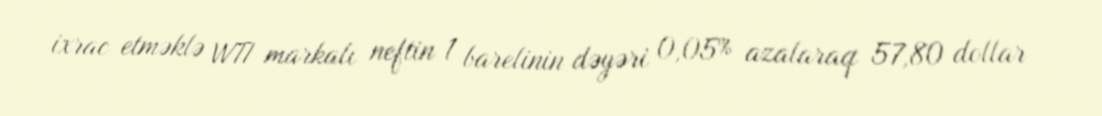
ixrac etməklə WTI markalı neftin 1 barelinin dəyəri 0,05% azalaraq 57,80 dollar